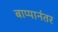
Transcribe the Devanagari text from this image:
बाप्पानंतर